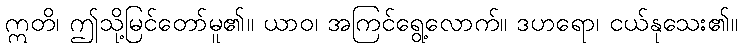
ဣတိ၊ ဤသို့မြင်တော်မူ၏။ ယာဝ၊ အကြင်ရွေ့လောက်။ ဒဟရော၊ ငယ်နုသေး၏။